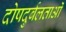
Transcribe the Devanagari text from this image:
दोषदुर्बलताओं